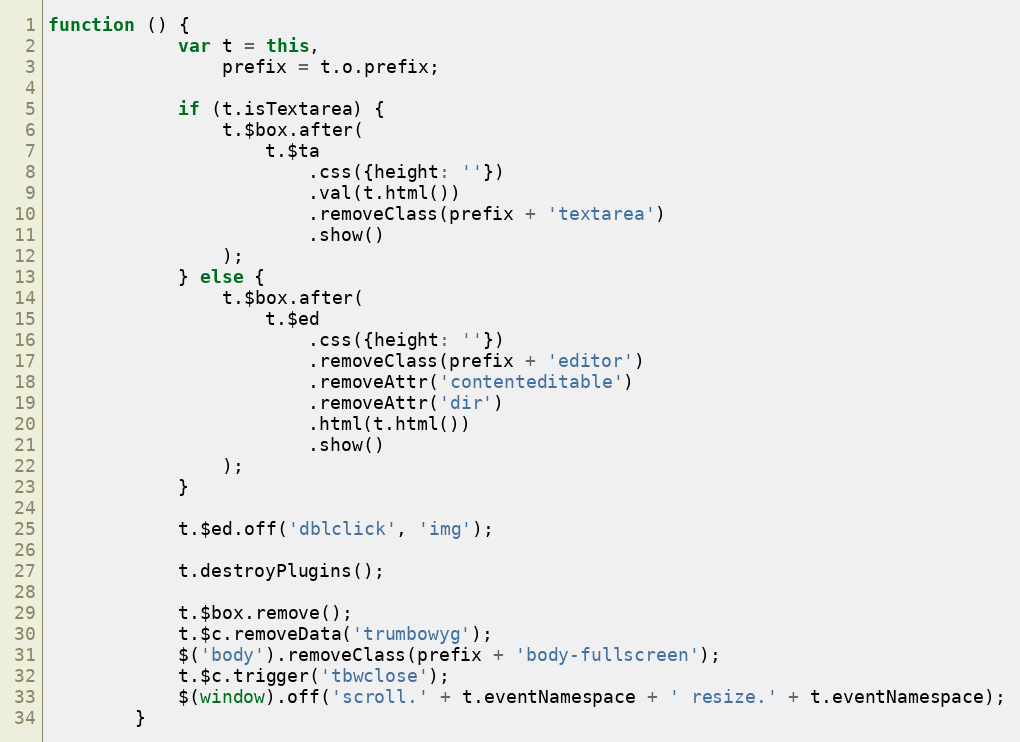
Language: JavaScript
function () {
            var t = this,
                prefix = t.o.prefix;

            if (t.isTextarea) {
                t.$box.after(
                    t.$ta
                        .css({height: ''})
                        .val(t.html())
                        .removeClass(prefix + 'textarea')
                        .show()
                );
            } else {
                t.$box.after(
                    t.$ed
                        .css({height: ''})
                        .removeClass(prefix + 'editor')
                        .removeAttr('contenteditable')
                        .removeAttr('dir')
                        .html(t.html())
                        .show()
                );
            }

            t.$ed.off('dblclick', 'img');

            t.destroyPlugins();

            t.$box.remove();
            t.$c.removeData('trumbowyg');
            $('body').removeClass(prefix + 'body-fullscreen');
            t.$c.trigger('tbwclose');
            $(window).off('scroll.' + t.eventNamespace + ' resize.' + t.eventNamespace);
        }